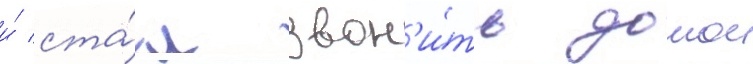
и́ ста́л звон'и́ть домои